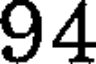
94